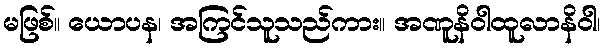
မဖြစ်။ ယောပန၊ အကြင်သူသည်ကား။ အဏူနိဝါထူလာနိဝါ၊